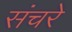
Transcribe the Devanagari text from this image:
संचरे